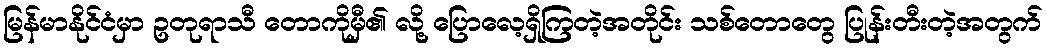
မြန်မာနိုင်ငံမှာ ဥတုရာသီ တောကိုမှီ၏ လို့ ပြောလေ့ရှိကြတဲ့အတိုင်း သစ်တောတွေ ပြုန်းတီးတဲ့အတွက်